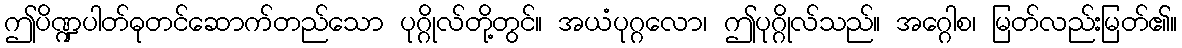
ဤပိဏ္ဍပါတ်ဓုတင်ဆောက်တည်သော ပုဂ္ဂိုလ်တို့တွင်။ အယံပုဂ္ဂလော၊ ဤပုဂ္ဂိုလ်သည်။ အဂ္ဂေါစ၊ မြတ်လည်းမြတ်၏။